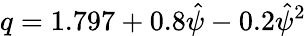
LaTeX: q=1.797+0.8\hat{\psi}-0.2\hat{\psi}^{2}